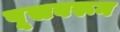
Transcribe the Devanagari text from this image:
पूसवरून